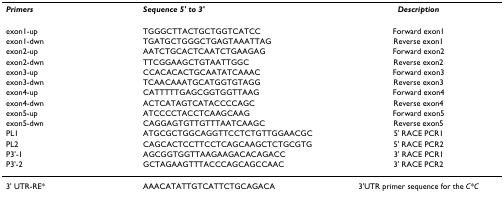
<table><thead><tr><td><b><i>Primers</i></b></td><td><b><i>Sequence 5&#x27; to 3&#x27;</i></b></td><td><b><i>Description</i></b></td></tr></thead><tbody><tr><td>exon1-up</td><td>TGGGCTTACTGCTGGTCATCC</td><td>Forward exon1</td></tr><tr><td>exon1-dwn</td><td>TGATGCTGGGCTGAGTAAATTAG</td><td>Reverse exon1</td></tr><tr><td>exon2-up</td><td>AATCTGCACTCAATCTGAAGAG</td><td>Forward exon2</td></tr><tr><td>exon2-dwn</td><td>TTCGGAAGCTGTAATTGGC</td><td>Reverse exon2</td></tr><tr><td>exon3-up</td><td>CCACACACTGCAATATCAAAC</td><td>Forward exon3</td></tr><tr><td>exon3-dwn</td><td>TCAACAAATGCATGGTGTAGG</td><td>Reverse exon3</td></tr><tr><td>exon4-up</td><td>CATTTTTGAGCGGTGGTTAAG</td><td>Forward exon4</td></tr><tr><td>exon4-dwn</td><td>ACTCATAGTCATACCCCAGC</td><td>Reverse exon4</td></tr><tr><td>exon5-up</td><td>ATCCCCTACCTCAAGCAAG</td><td>Forward exon5</td></tr><tr><td>exon5-dwn</td><td>CAGGAGTGTTGTTTAATCAAGC</td><td>Reverse exon5</td></tr><tr><td>PL1</td><td>ATGCGCTGGCAGGTTCCTCTGTTGGAACGC</td><td>5&#x27; RACE PCR1</td></tr><tr><td>PL2</td><td>CAGCACTCCTTCCTCAGCAAGCTCTGCGTG</td><td>5&#x27; RACE PCR2</td></tr><tr><td>P3&#x27;-1</td><td>AGCGGTGGTTAAGAAGACACAGACC</td><td>3&#x27; RACE PCR1</td></tr><tr><td>P3&#x27;-2</td><td>GCTAGAAGTTTACCCAGCAGCCAAC</td><td>3&#x27; RACE PCR2</td></tr><tr><td>3&#x27; UTR-RE*</td><td>AAACATATTGTCATTCTGCAGACA</td><td>3&#x27;UTR primer sequence for the <i>C*C</i></td></tr></tbody></table>